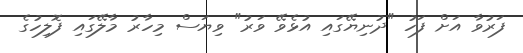
ފަރުވާ އަށް ފަހު "ދުނިޔޭގައި އުޅެވޭ ވަރު" ވިޔަސް މިހާރު މާލޭގައި ފޮލިހުގެ